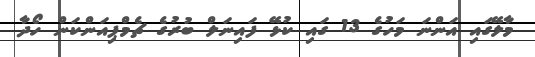
މާލޭގައި އަންނަ މަހުގެ 13 ގައި ކުޅޭ ފައިނަލް ބުރުގެ ޗެމްޕިއަންކަން ހޯދާ